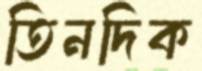
তিনদিক